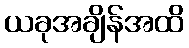
ယခုအချိန်အထိ